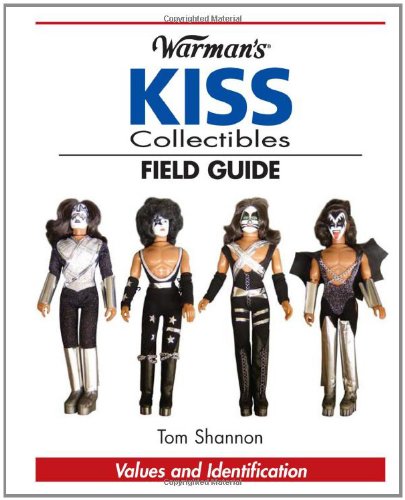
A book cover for Warman's KISS Field Guide: Values and Identification (Warman's Field Guide); Tom Shannon; Crafts, Hobbies & Home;